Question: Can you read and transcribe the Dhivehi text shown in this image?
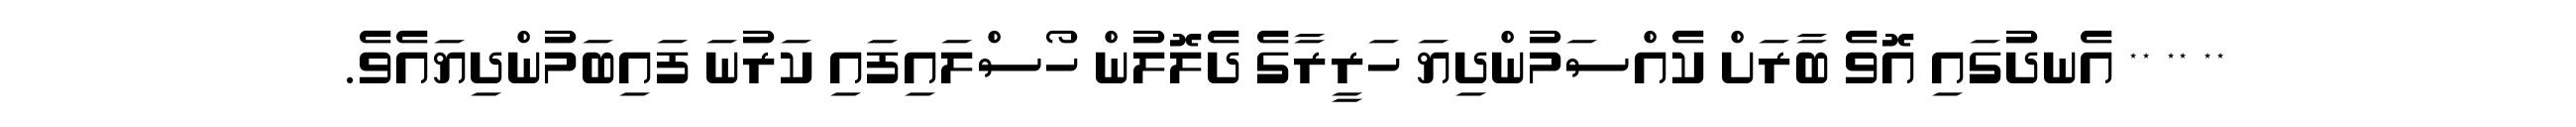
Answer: ** ** ** އެނދުގައި އޮވެ ބާރަށް ކެއްސަމުންދިޔަ ހަރީރާގެ ދެލޮލުން ހޯސްލައިފައި ކަރުނަ ފައިބަމުންދިޔައެވެ.